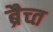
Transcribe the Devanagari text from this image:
ब्रैच्त